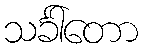
သင်္ခါတော